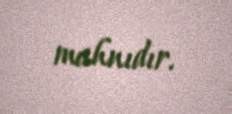
mahnıdır.